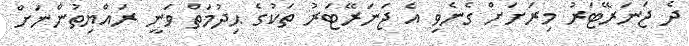
ދެ ޖަނަރޭޓަރު މިރަށަށް ގެނެވި އެ ޖަނަރޭޓަރު ތަކުގެ ޙިދުމަތް ވަނީ ރައްޔިތުންނަށް